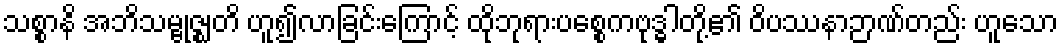
သစ္စာနိ အဘိသမ္ဗုဇ္ဈတိ ဟူ၍လာခြင်းကြောင့် ထိုဘုရားပစ္စေကဗုဒ္ဓါတို့၏ ဝိပဿနာဉာဏ်တည်း ဟူသော